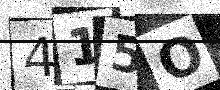
Text: 415O